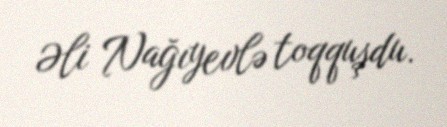
Əli Nağıyevlə toqquşdu.